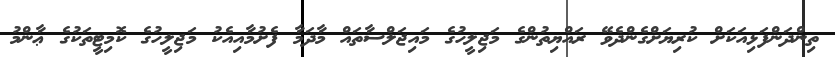
ތިންދަންފަޅިއަކަށް ކުރިޔަށްގެންދެވޭ ރައްޔިތުންގެ މަޖިލީހުގެ މައިޖަލްސާތައް މާދަމާ ފެށުމާއިއެކު މަޖިލީހުގެ ކޮމިޓީތަކުގެ ޢާންމު